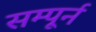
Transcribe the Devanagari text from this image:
सम्पूर्न